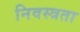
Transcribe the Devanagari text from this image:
निवस्त्रता